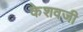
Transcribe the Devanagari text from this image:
केशवजी